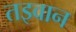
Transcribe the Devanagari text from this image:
तइवान